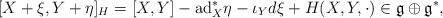
LaTeX: \begin{align*} [ X+\xi , Y + \eta ]_H = [X,Y] -\mathrm{ad}_X^*\eta -\iota_Yd\xi + H(X,Y,\cdot ) \in \mathfrak{g} \oplus \mathfrak{g}^*,\end{align*}